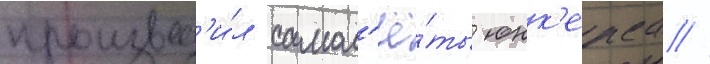
производ'и́л самол'ё́ты юнк'ерса //